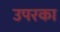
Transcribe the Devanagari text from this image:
उपरका